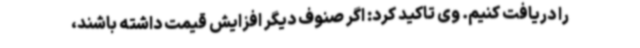
را دریافت کنیم. وی تاکید کرد: اگر صنوف دیگر افزایش قیمت داشته باشند،